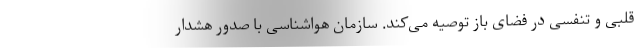
قلبی و تنفسی در فضای باز توصیه می‌کند. سازمان هواشناسی با صدور هشدار